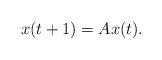
LaTeX: \begin{align*} x(t+1)=Ax(t). \end{align*}